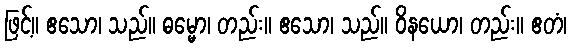
ဖြင့်။ ဧသော၊ သည်။ ဓမ္မော၊ တည်း။ ဧသော၊ သည်။ ဝိနယော၊ တည်း။ ဧတံ၊